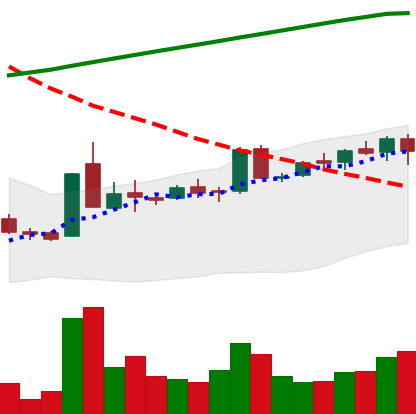
Ticker: LTC-USD
Chart end date: 2015-10-14
Forward return: -3.06%
Label: down_3_5